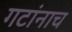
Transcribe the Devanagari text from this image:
गटांनाच